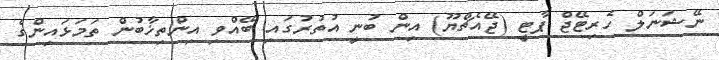
ނޭޝަނަލް ހެރިޓޭޖް ޕާޓީ (ޖޭއެޗްޔޫ) އިން ބުނީ އުތުރުގައި ބޭއްވި އިންތިޚާބުން ތަމަޅައިންގެ